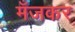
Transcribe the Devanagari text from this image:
मँजकर